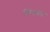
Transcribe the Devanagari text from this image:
मिंतक़ा